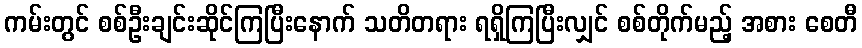
ကမ်းတွင် စစ်ဦးချင်းဆိုင်ကြပြီးနောက် သတိတရား ရရှိကြပြီးလျှင် စစ်တိုက်မည့် အစား စေတီ